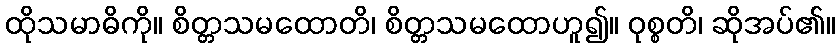
ထိုသမာဓိကို။ စိတ္တသမထောတိ၊ စိတ္တသမထောဟူ၍။ ဝုစ္စတိ၊ ဆိုအပ်၏။